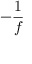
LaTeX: - { \frac { 1 } { f } }